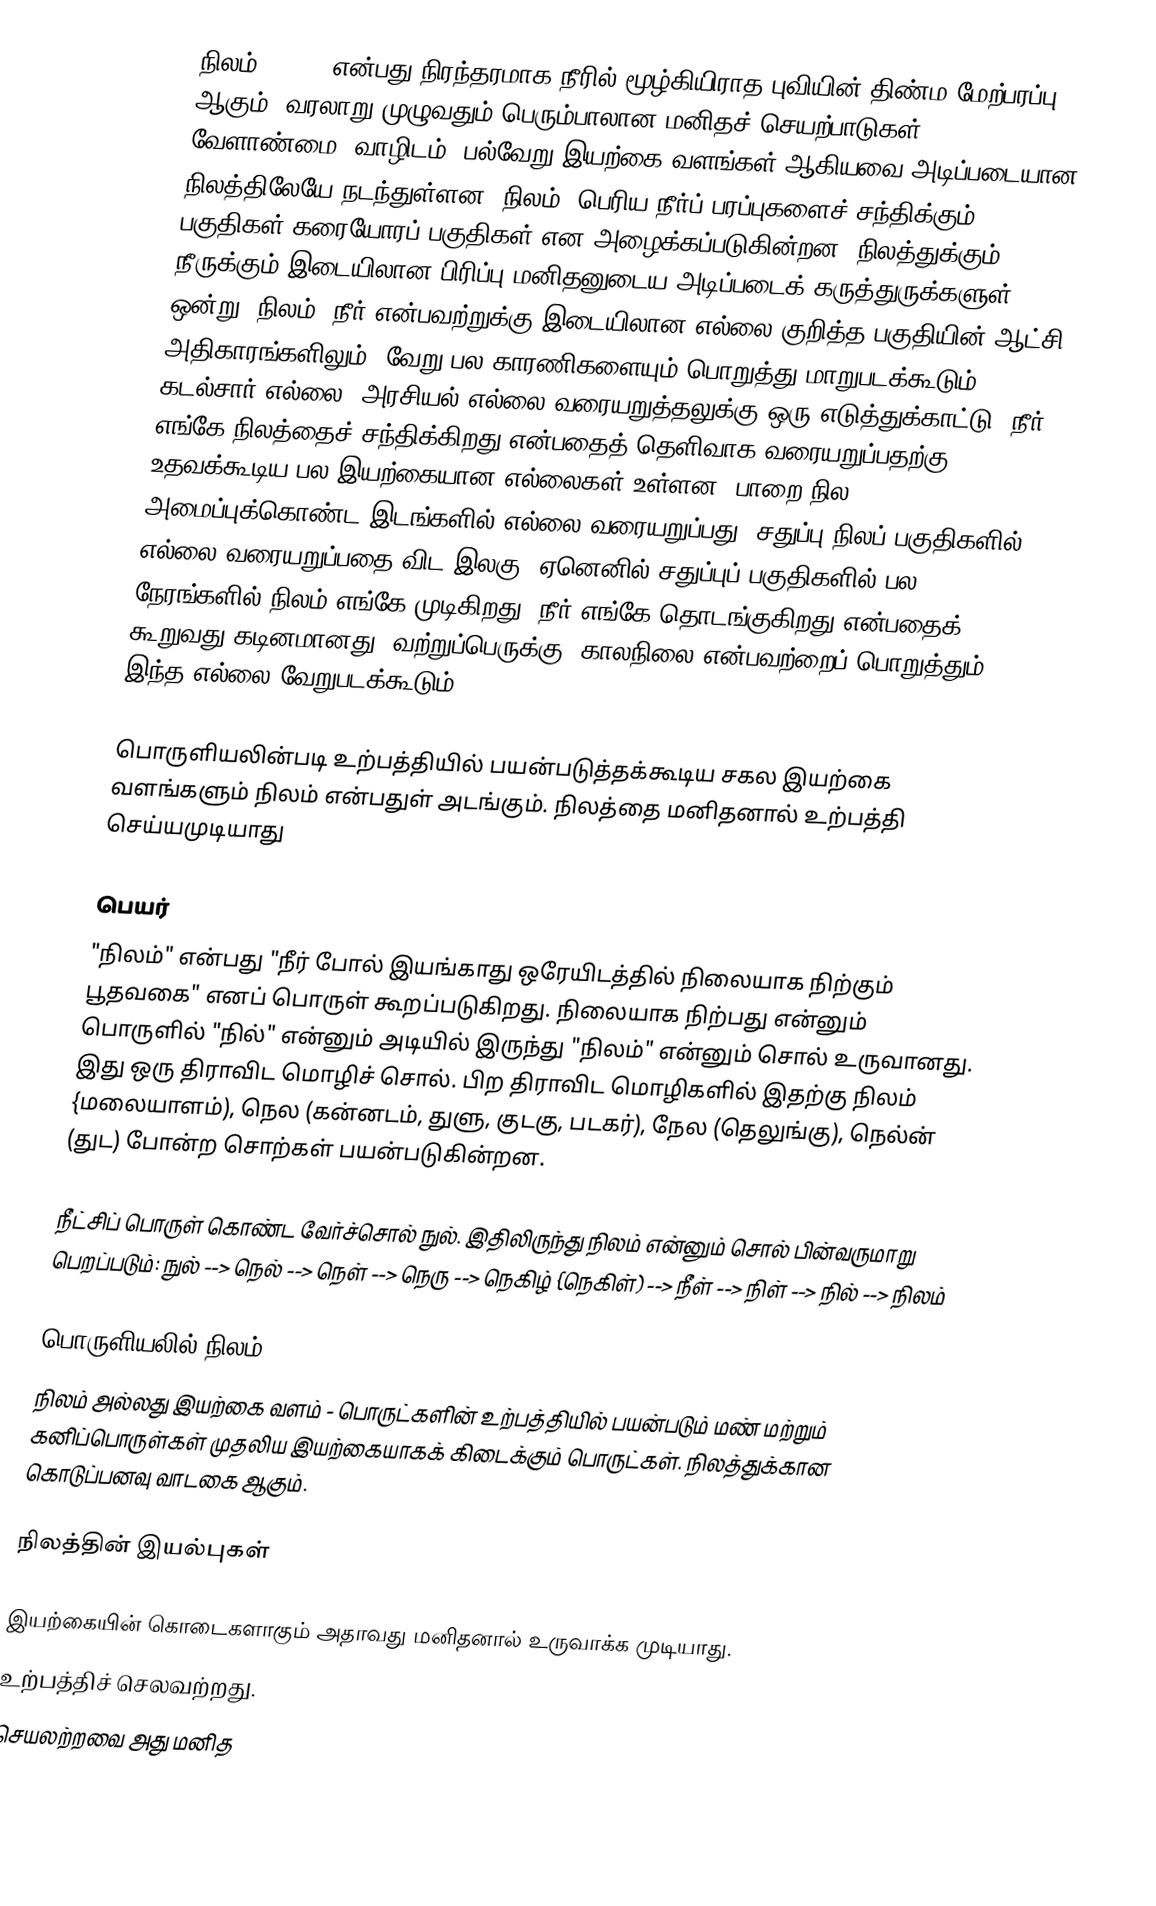
நிலம் (Land) என்பது நிரந்தரமாக நீரில் மூழ்கியிராத புவியின் திண்ம மேற்பரப்பு ஆகும். வரலாறு முழுவதும் பெரும்பாலான மனிதச் செயற்பாடுகள், வேளாண்மை, வாழிடம், பல்வேறு இயற்கை வளங்கள் ஆகியவை அடிப்படையான நிலத்திலேயே நடந்துள்ளன. நிலம், பெரிய நீர்ப் பரப்புகளைச் சந்திக்கும் பகுதிகள் கரையோரப் பகுதிகள் என அழைக்கப்படுகின்றன. நிலத்துக்கும், நீருக்கும் இடையிலான பிரிப்பு மனிதனுடைய அடிப்படைக் கருத்துருக்களுள் ஒன்று. நிலம், நீர் என்பவற்றுக்கு இடையிலான எல்லை குறித்த பகுதியின் ஆட்சி அதிகாரங்களிலும், வேறு பல காரணிகளையும் பொறுத்து மாறுபடக்கூடும். கடல்சார் எல்லை, அரசியல் எல்லை வரையறுத்தலுக்கு ஒரு எடுத்துக்காட்டு. நீர் எங்கே நிலத்தைச் சந்திக்கிறது என்பதைத் தெளிவாக வரையறுப்பதற்கு உதவக்கூடிய பல இயற்கையான எல்லைகள் உள்ளன. பாறை நில அமைப்புக்கொண்ட இடங்களில் எல்லை வரையறுப்பது, சதுப்பு நிலப் பகுதிகளில் எல்லை வரையறுப்பதை விட இலகு. ஏனெனில் சதுப்புப் பகுதிகளில் பல நேரங்களில் நிலம் எங்கே முடிகிறது, நீர் எங்கே தொடங்குகிறது என்பதைக் கூறுவது கடினமானது. வற்றுப்பெருக்கு, காலநிலை என்பவற்றைப் பொறுத்தும் இந்த எல்லை வேறுபடக்கூடும்.

பொருளியலின்படி உற்பத்தியில் பயன்படுத்தக்கூடிய சகல இயற்கை வளங்களும் நிலம் என்பதுள் அடங்கும். நிலத்தை மனிதனால் உற்பத்தி செய்யமுடியாது

பெயர்
"நிலம்" என்பது "நீர் போல் இயங்காது ஒரேயிடத்தில் நிலையாக நிற்கும் பூதவகை" எனப் பொருள் கூறப்படுகிறது. நிலையாக நிற்பது என்னும் பொருளில் "நில்" என்னும் அடியில் இருந்து "நிலம்" என்னும் சொல் உருவானது. இது ஒரு திராவிட மொழிச் சொல். பிற திராவிட மொழிகளில் இதற்கு நிலம் {மலையாளம்), நெல (கன்னடம், துளு, குடகு, படகர்),  நேல (தெலுங்கு), நெல்ன் (துட) போன்ற சொற்கள் பயன்படுகின்றன.

நீட்சிப் பொருள் கொண்ட வேர்ச்சொல் நுல். இதிலிருந்து நிலம் என்னும் சொல் பின்வருமாறு பெறப்படும்:  நுல் --> நெல் --> நெள் --> நெரு --> நெகிழ் {நெகிள்) --> நீள் --> நிள் --> நில் --> நிலம்

பொருளியலில் நிலம்
நிலம் அல்லது இயற்கை வளம் - பொருட்களின் உற்பத்தியில் பயன்படும் மண் மற்றும் கனிப்பொருள்கள் முதலிய இயற்கையாகக் கிடைக்கும் பொருட்கள். நிலத்துக்கான கொடுப்பனவு வாடகை ஆகும்.

நிலத்தின் இயல்புகள்

 இயற்கையின் கொடைகளாகும் அதாவது மனிதனால் உருவாக்க முடியாது.
 உற்பத்திச் செலவற்றது.
 செயலற்றவை அது மனித